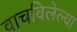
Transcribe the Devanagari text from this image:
वाचविलेल्या